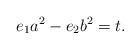
LaTeX: \begin{align*}e_1 a^2 - e_2 b^2 =t.\end{align*}